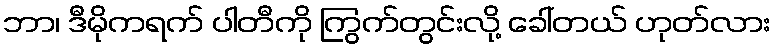
ဘာ၊ ဒီမိုကရက် ပါတီကို ကြွက်တွင်းလို့ ခေါ်တယ် ဟုတ်လား